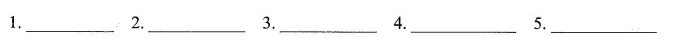
1. ___ 2. ___ 3.___ 4. ___ 5. ___